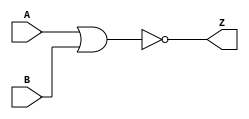
module NOR
( 
  A, 
  B,
  Z
);
  input A, B;
  output Z;
  assign Z = ~(A|B);
endmodule